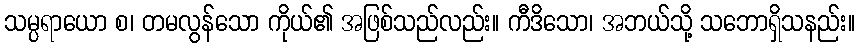
သမ္ပရာယော စ၊ တမလွန်သော ကိုယ်၏ အဖြစ်သည်လည်း။ ကီဒိသော၊ အဘယ်သို့ သဘောရှိသနည်း။